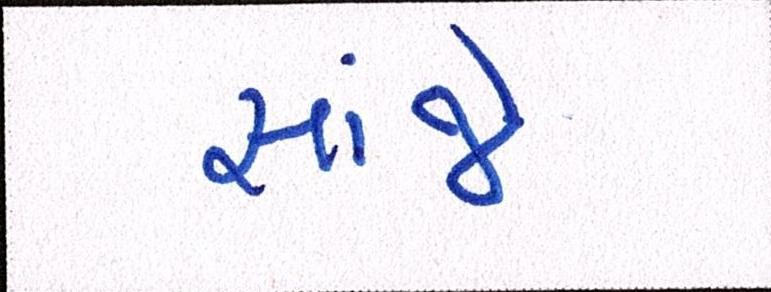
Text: સાંજે